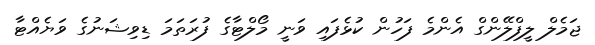
ޖަމެލް ލީފްލޭންގް އެންމެ ފަހުން ކުޅެފައި ވަނީ މޯލްޓާގެ ފުރަތަމަ ޑިވިޝަނުގެ ވަޔެއްޓާ